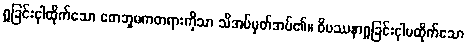
ရှုခြင်းငှါထိုက်သော တေဘူမကတရားကိုသာ သိအပ်မှတ်အပ်၏။ ဝိပဿနာရှုခြင်းငှါမထိုက်သော